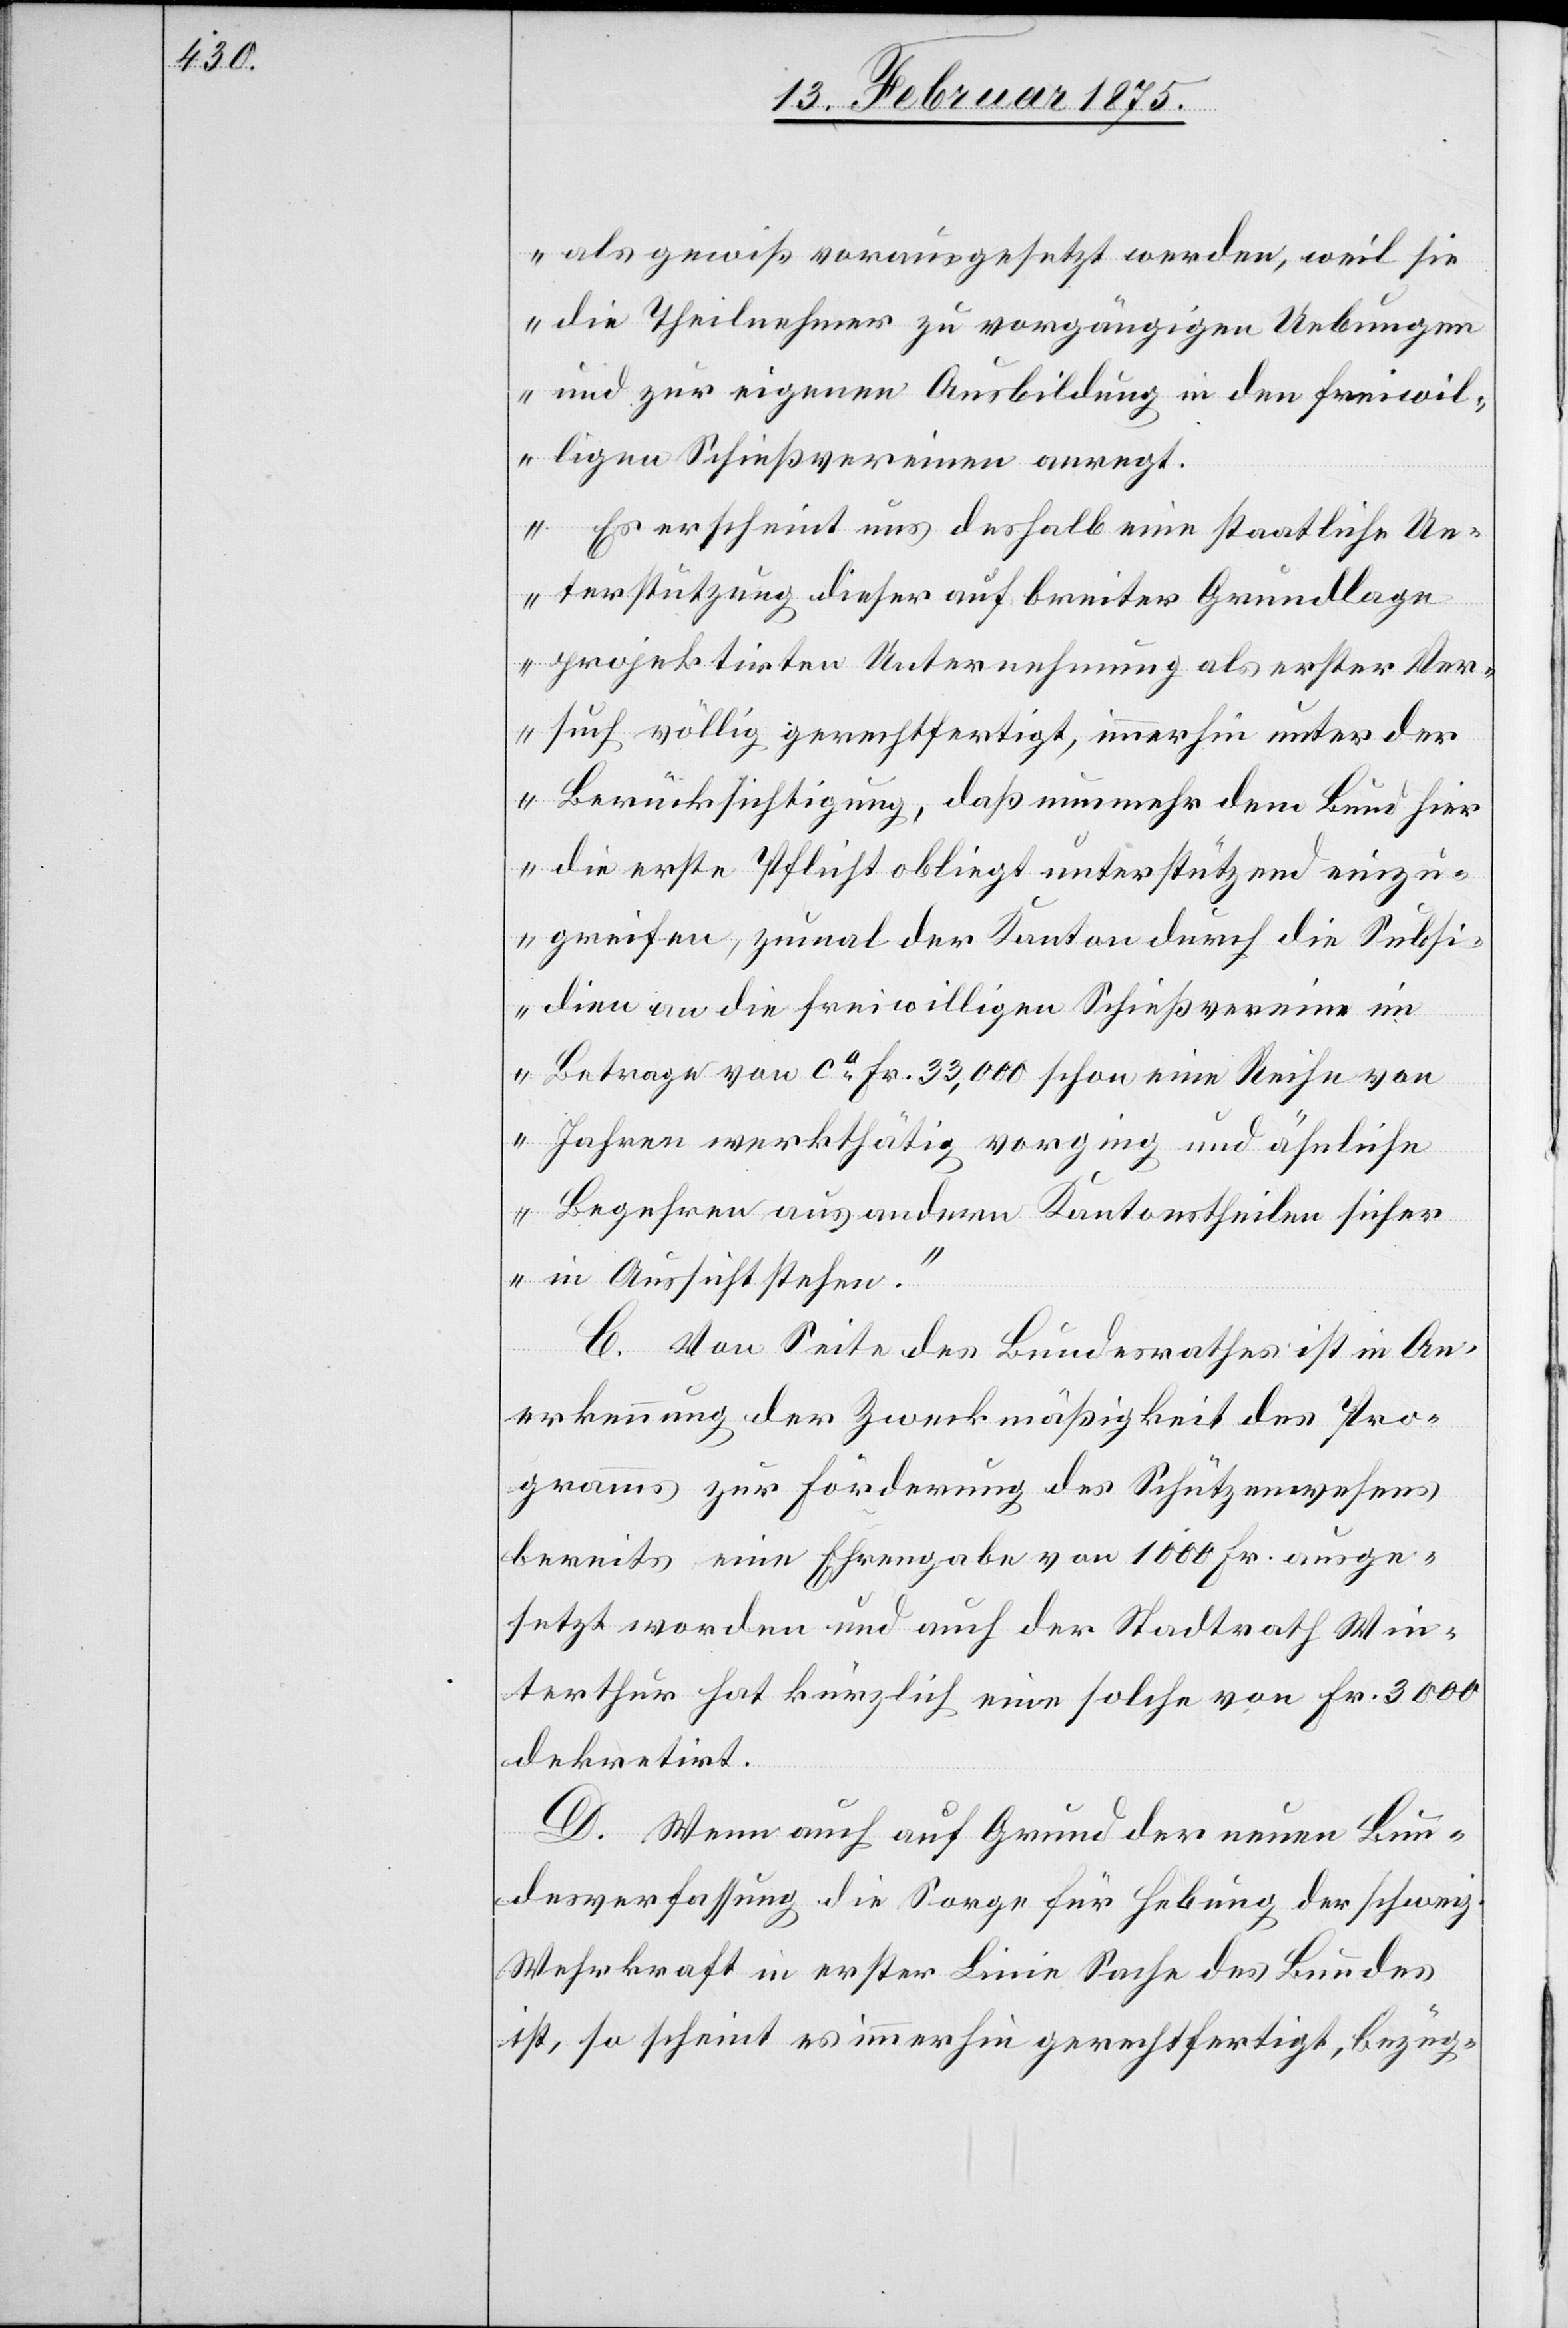
als gewiß vorausgesetzt werden, weil sie
die Theilnehmer zu vorgängigen Uebungen
und zur eigenen Ausbildung in den freiwil¬
ligen Schießvereinen anregt.
Es erscheint uns deshalb eine staatliche Un¬
terstützung dieser auf breiter Grundlage
projektirten Unternehmung als erster Ver¬
such völlig gerechtfertigt, immerhin unter der
Berücksichtigung, daß nunmehr dem Bund hier
die erste Pflicht obliegt unterstützend einzu¬
greifen, zumal der Kanton durch die Subsi¬
dien an die freiwilligen Schießvereine im
Betrage von ca Fr. 33,000 schon eine Reihe vo¬
n Jahren werkthätig vorging und ähnliche
Begehren aus andern Kantonstheilen sicher
in Aussicht stehen.“
C. Von Seite des Bundesrathes ist in An¬
erkennung der Zweckmäßigkeit des Pro¬
gramms zur Förderung des Schützenwesens
bereits eine Ehrengabe von 1000 Fr. ausge¬
setzt worden und auch der Stadtrath Win¬
terthur hat kürzlich eine solche von Fr. 3000
dekretirt.
D. Wenn auch auf Grund der neuen Bun¬
desverfassung die Sorge für Hebung der schweiz.
Wehrkraft in erster Linie Sache des Bundes
ist, so scheint es immerhin gerechtfertigt, bezüg-